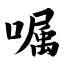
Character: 嘱